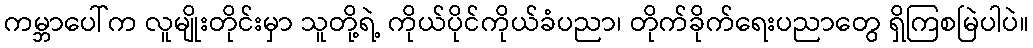
ကမ္ဘာပေါ်က လူမျိုးတိုင်းမှာ သူတို့ရဲ့ ကိုယ်ပိုင်ကိုယ်ခံပညာ၊ တိုက်ခိုက်ရေးပညာတွေ ရှိကြစမြဲပါပဲ။